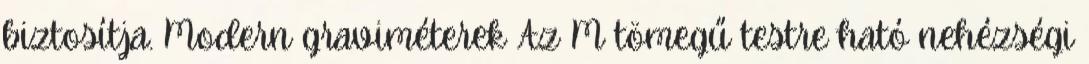
biztosítja. Modern graviméterek Az M tömegű testre ható nehézségi